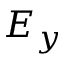
E _ { y }